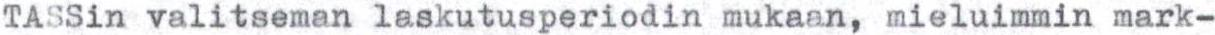
TASSin valitseman laskutusperiodin mukaan, mieluimmin mark-